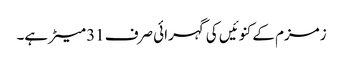
زمزم کے کنوئیں کی گہرائی صرف 31 میٹر ہے۔